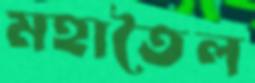
মহাতৈল